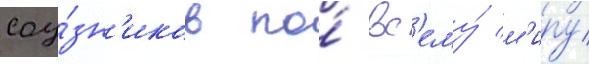
соу́зн'иков по́ вс'ему́ м'иру